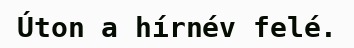
Úton a hírnév felé.